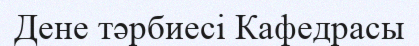
Дене тәрбиесі Кафедрасы